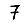
Digit: 7